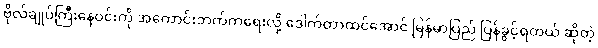
ဗိုလ်ချုပ်ကြီးနေဝင်းကို အကောင်းဘက်ကရေးလို့ ဒေါက်တာထင်အောင် မြန်မာပြည် ပြန်ခွင့်ရတယ် ဆိုတဲ့